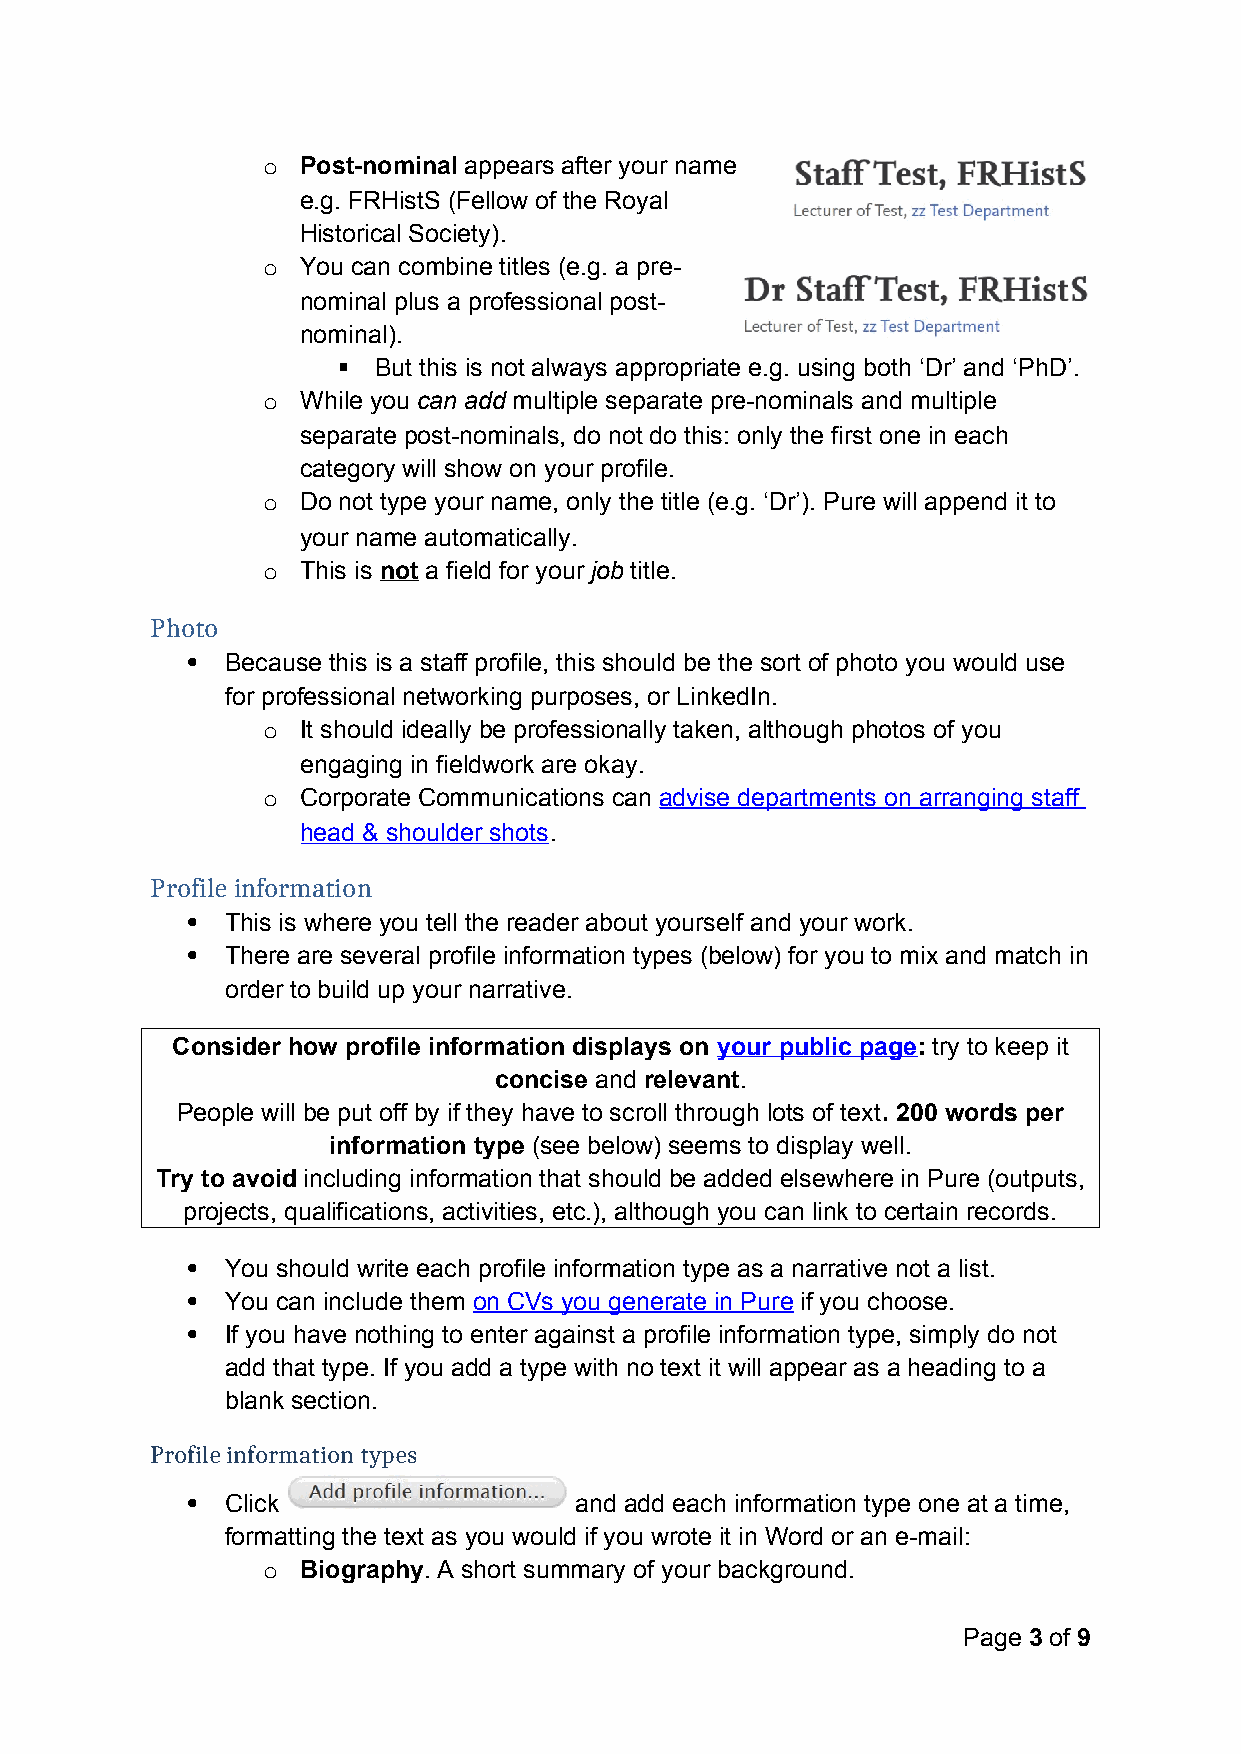
o  Post-nominal appears after your name
 e.g. FRHistS (Fellow of the Royal
 Historical Society).
 o  You can combine titles (e.g. a pre-
 nominal plus a professional post-
 nominal).
   But this is not always appropriate e.g. using both ‘Dr’ and ‘PhD’.
 o  While you can add multiple separate pre-nominals and multiple
 separate post-nominals, do not do this: only the first one in each
 category will show on your profile.
 o  Do not type your name, only the title (e.g. ‘Dr’). Pure will append it to
 your name automatically.
 o  This is not a field for your job title.
 Photo
   Because this is a staff profile, this should be the sort of photo you would use
 for professional networking purposes, or LinkedIn.
 o  It should ideally be professionally taken, although photos of you
 engaging in fieldwork are okay.
 o  Corporate Communications can advise departments on arranging staff
 head & shoulder shots.
 Profile information
   This is where you tell the reader about yourself and your work.
   There are several profile information types (below) for you to mix and match in
 order to build up your narrative.
 Consider how profile information displays on your public page: try to keep it
 concise and relevant.
 People will be put off by if they have to scroll through lots of text. 200 words per
 information type (see below) seems to display well.
 Try to avoid including information that should be added elsewhere in Pure (outputs,
 projects, qualifications, activities, etc.), although you can link to certain records.
   You should write each profile information type as a narrative not a list.
   You can include them on CVs you generate in Pure if you choose.
   If you have nothing to enter against a profile information type, simply do not
 add that type. If you add a type with no text it will appear as a heading to a
 blank section.
 Profile information types
   Click                  and add each information type one at a time,
 formatting the text as you would if you wrote it in Word or an e-mail:
 o  Biography. A short summary of your background.
 Page 3 of 9